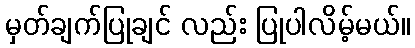
မှတ်ချက်ပြုချင် လည်း ပြုပါလိမ့်မယ်။